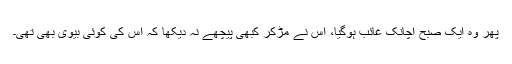
پھر وہ ایک صبح اچانک غائب ہوگیا، اس نے مڑکر کبھی پیچھے نہ دیکھا کہ اس کی کوئی بیوی بھی تھی۔